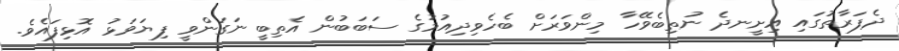
ދެފަރާތުގައި އިށީނދެ ނުތިބެވޭހާ މިންވަރަށް ބެހެވިދިއުމުގެ ސަބަބުން އެތިބީ ނަގަންވީ ފިޔަވަޅު އޮޅިފައެވެ.